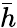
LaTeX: \bar{h}